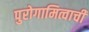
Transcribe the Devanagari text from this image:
पुरोगामित्वाची